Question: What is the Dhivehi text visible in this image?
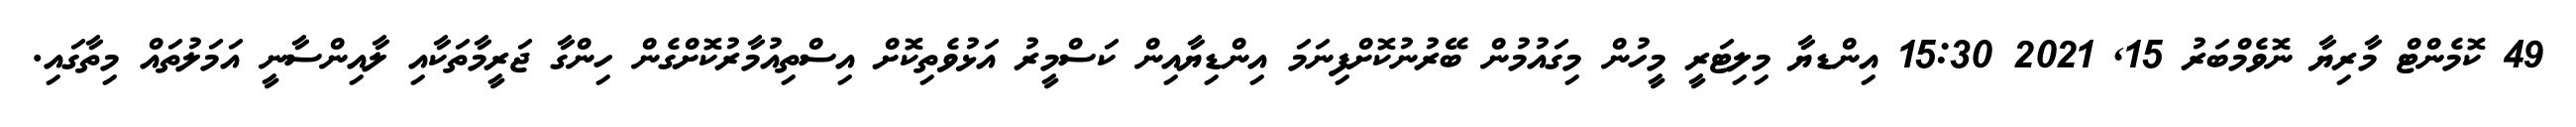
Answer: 49 ކޮމެންޓް މާރިޔާ ނޮވެމްބަރު 15, 2021 15:30 އިންޑޔާ މިލިޓަރީ މީހުން މިގައުމުން ބޭރުނުކޮށްފިނަމަ އިންޑިޔާއިން ކަސްމީރު އަޅުވެތިކޮށް އިސްތިއުމާރުކޮށްގެން ހިންގާ ޖަރީމާތަކާއި ލާއިންސާނީ އަމަލުތައް މިތާގައި.